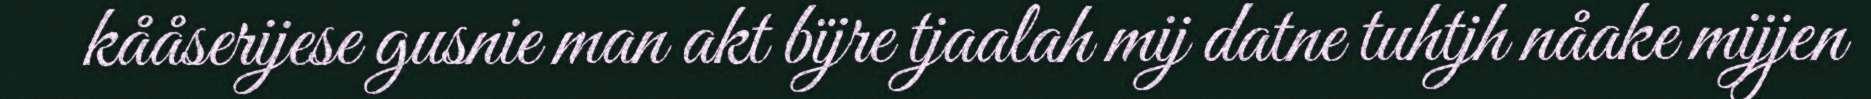
kååserijese gusnie man akt bïjre tjaalah mij datne tuhtjh nåake mijjen